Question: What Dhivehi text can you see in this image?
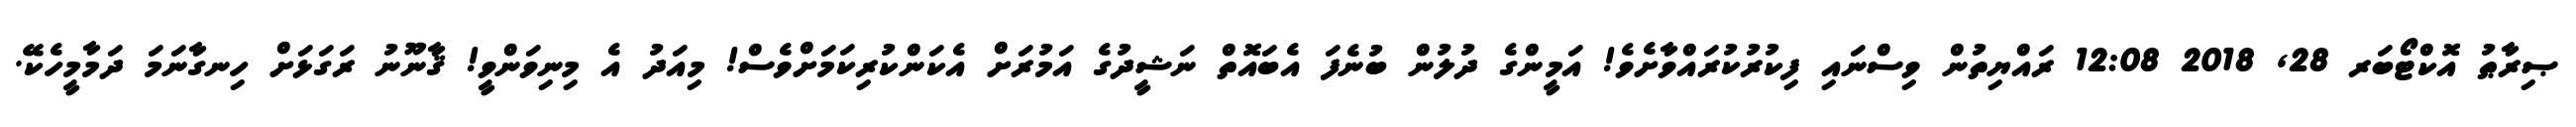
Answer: ޞިރާޠު އޮކްޓޯބަރ 28, 2018 12:08 ރައްޔިތުން ވިސްނައި ފިކުރުކުރައްވާށެވެ! އަމީންގެ ދުލުން ބުނެފަ އެބައޮތް ނަޝީދުގެ އަމުރަށް އެކަންކުރިކަމަށްވެސް! މިއަދު އެ މިނިވަންވީ! ޤާނޫނު ރަގަޅަށް ހިނގާނަމަ ދަމާމީހެކޭ.